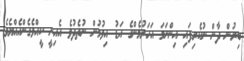
ބިރުން ދާން ނުކެރިފައި އިންނަމަ އަހަރުމެންގެ އަޑު އިވުމުން ނުތެދުވެ އެއިނީ ކީއްވެގެންހެއްޔެވެ